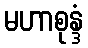
မဟာစုန္ဒံ